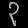
Digit: ၃